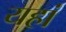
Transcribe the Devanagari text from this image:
यहां